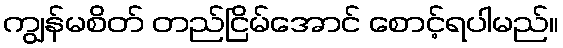
ကျွန်မစိတ် တည်ငြိမ်အောင် စောင့်ရပါမည်။